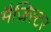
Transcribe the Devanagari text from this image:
मैजिस्टर